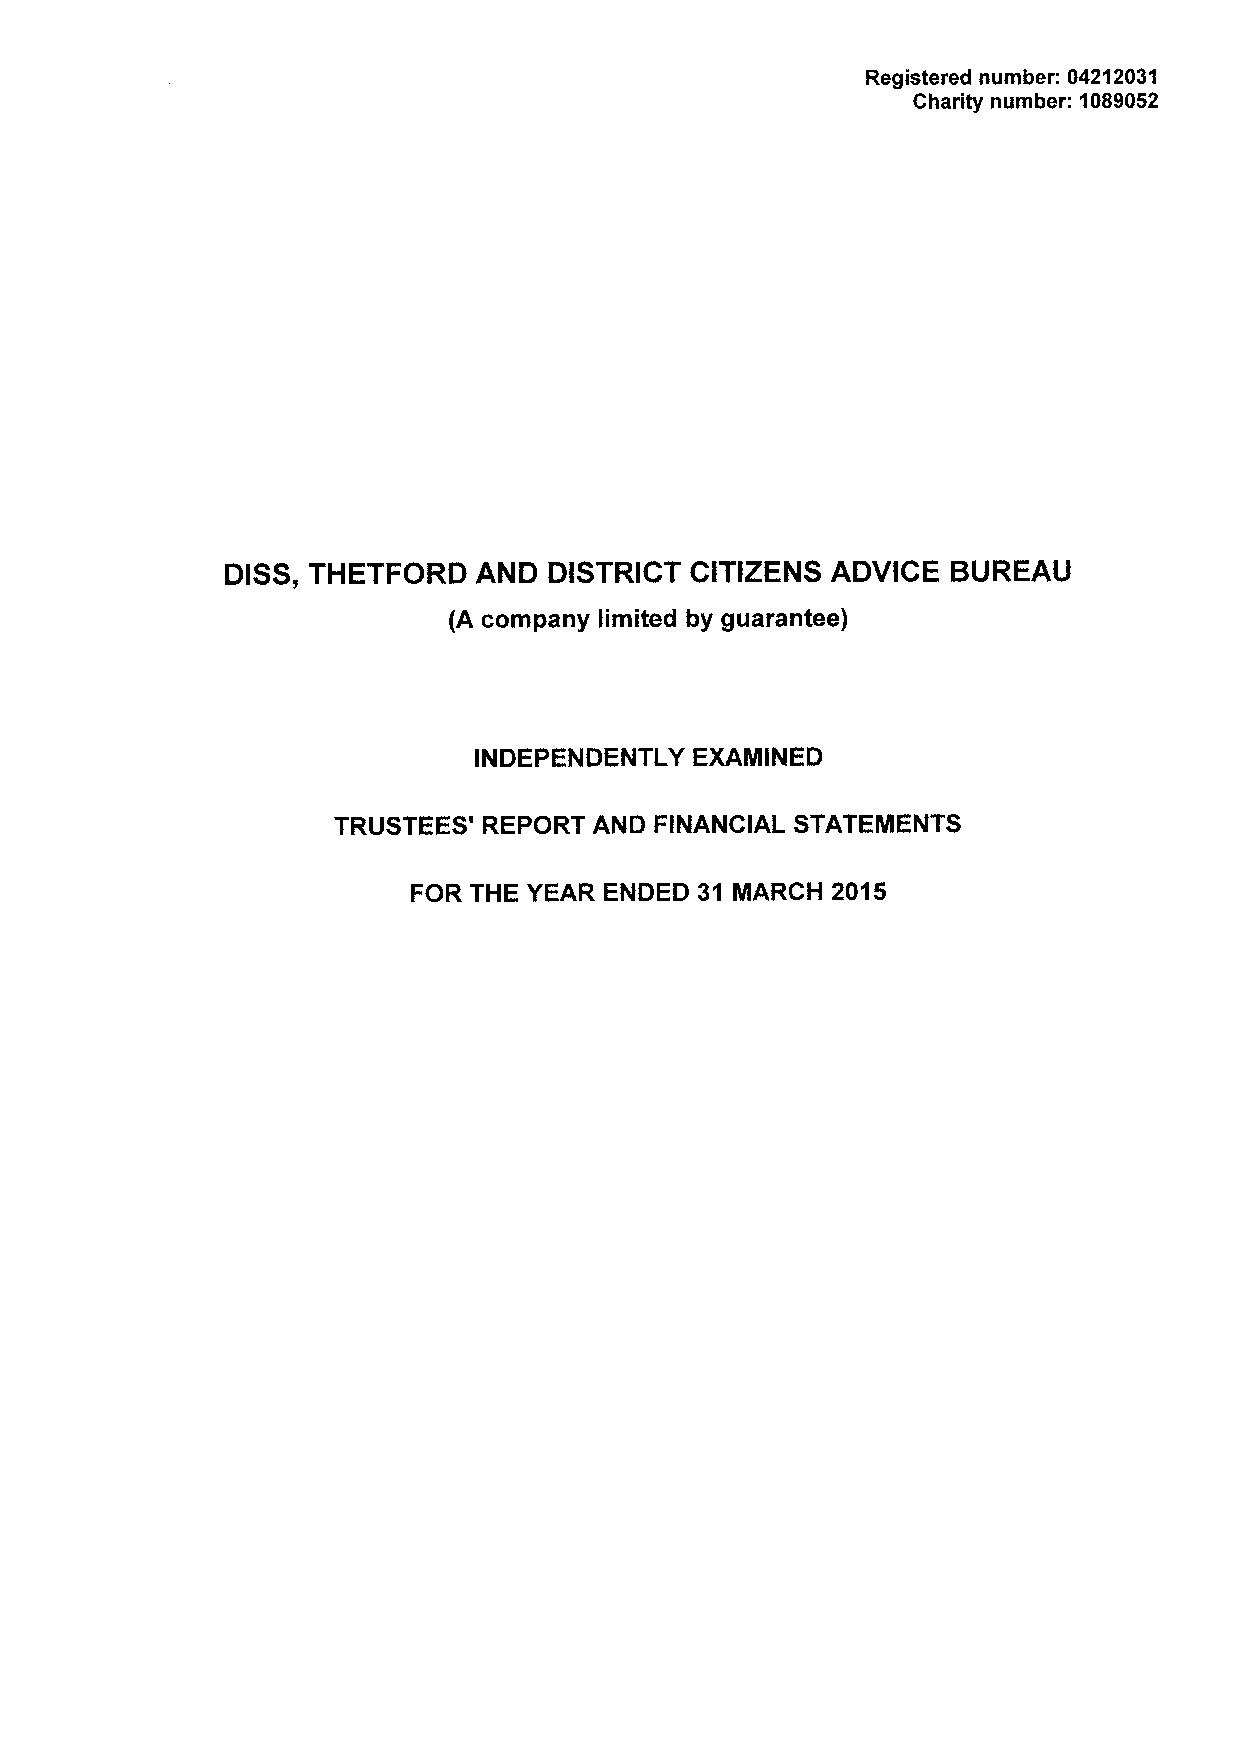
Registered number: 04212031
 Charity number: 10&9052
 DISS, THETFORD  AND  DISTRICT  CITIZENS ADVICE  BUREAU
 (A company limited by guarantee)
 INDEPENDENTLY  EXAMINED
 TRUSTEES' REPORT AND FINANCIAL STATEMENTS
 FOR THE YEAR ENDED 31 MARCH 2015